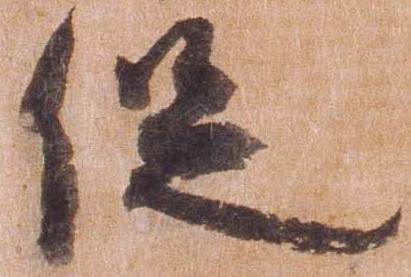
促